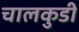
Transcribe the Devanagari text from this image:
चालकुडी